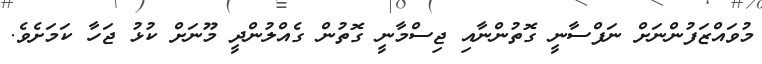
މުވައްޒަފުންނަށް ނަފްސާނީ ގޮތުންނާއި ޖިސްމާނީ ގޮތުން ގެއްލުންދީ މޫނަށް ކުޅު ޖަހާ ކަމަށެވެ.